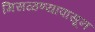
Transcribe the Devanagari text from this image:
मिसळण्यापासून